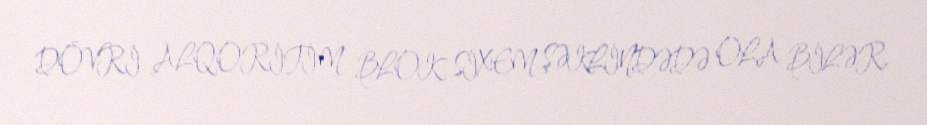
DÖVRİ ALQORİTİM BLOK SİXEM ŞƏKLİNDƏDƏ OLA BİLƏR.